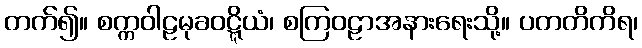
တက်၍။ စက္ကဝါဠမုခဝဋ္ဋိယံ၊ စကြဝဠာအနားရေးသို့။ ပတတိကိရ၊